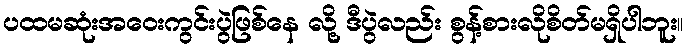
ပထမဆုံးအဝေးကွင်းပွဲဖြစ်နေ လို့ ဒီပွဲလည်း စွန့်စားလိုစိတ်မရှိပါဘူး။